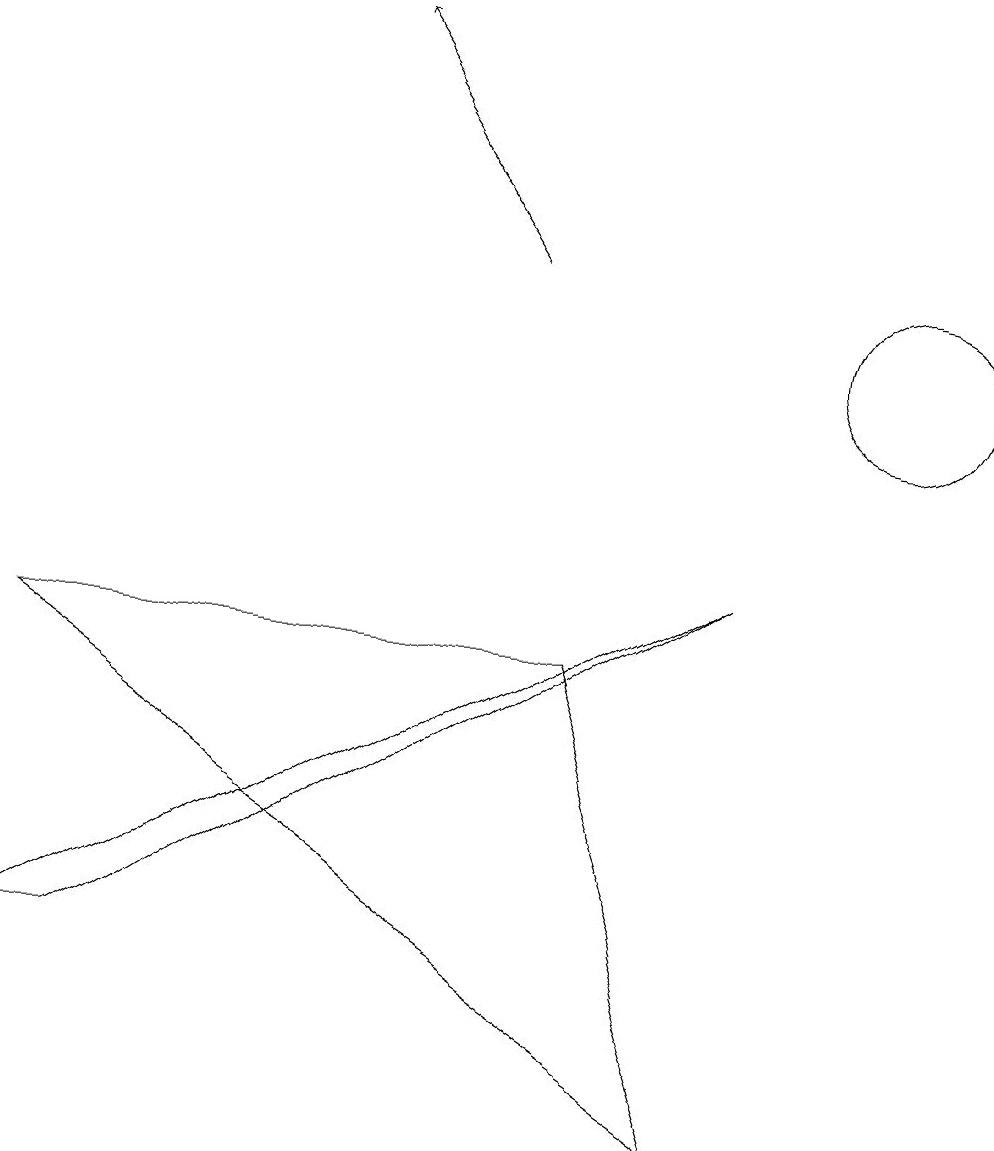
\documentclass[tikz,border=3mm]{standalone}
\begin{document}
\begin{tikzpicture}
\draw (9,9) -- (0,4) -- (1,4) -- cycle;
\draw (12,10) circle (0);
\draw (7,8) -- (9,2) -- (0,8) -- cycle;
\draw[->] (6,13) -- (4,16);
\draw (11,12) circle (1);
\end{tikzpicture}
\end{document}